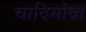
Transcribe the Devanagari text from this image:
चादिमोवा